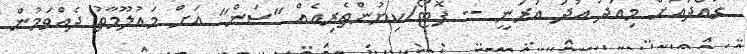
ގައްދުއަށް މިއަދު އުދަ އަރަނީ -- ފޮޓޯ/ކިޔުންތެރިއެއް "ސަން" އަށް މައުލޫމާތު ދެއްވަމުން